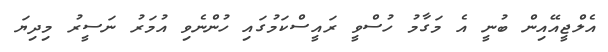
އެލްޖީއޭއިން ބުނީ އެ މަގާމު ހުސްވީ ރައީސްކަމުގައި ހުންނެވި އުމަރު ނަސީރު މިދިޔަ